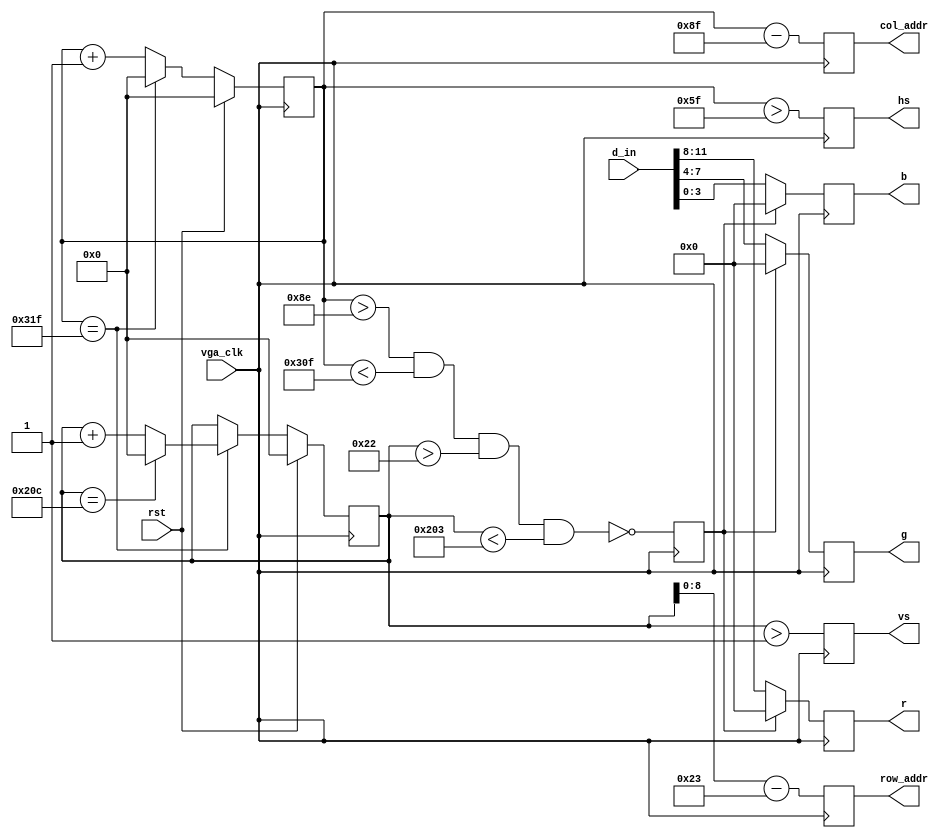
`timescale 1ns / 1ps

module vgac (
    input vga_clk, // 25MHz
	input rst,
    input [11:0] d_in, // rrrr_gggg_bbbb, pixel
    output reg [8:0] row_addr, // pixel ram row address, 480 (512) lines
    output reg [9:0] col_addr, // pixel ram col address, 640 (1024) pixels
    output reg [3:0] r, g, b, // red, green, blue colors, 8-bit for each
    output reg hs, vs // horizontal and vertical synchronization
	);
	reg rdn; // read pixel RAM (active low)

// h_count: vga horizontal counter (0-799 pixels)
    reg [9:0] h_count = 0;
    always @ (posedge vga_clk) begin
        if (rst)
            h_count <= 10'h0;
        else if (h_count == 10'd799)
            h_count <= 10'h0;
        else
            h_count <= h_count + 10'h1;
    end

// v_count: vga vertical counter (0-524 lines)
    reg [9:0] v_count = 0;
    always @ (posedge vga_clk) begin
        if (rst)
            v_count <= 10'h0;
        else if (h_count == 10'd799) begin
            if (v_count == 10'd524)
                v_count <= 10'h0;
            else
                v_count <= v_count + 10'h1;
        end
    end

// signals, will be latched for outputs
    wire [9:0] row = v_count - 10'd35;	// pixel ram row address
    wire [9:0] col = h_count - 10'd143;	// pixel ram col address
    wire h_sync = (h_count > 10'd95);	// 96 -> 799
    wire v_sync = (v_count > 10'd1);	// 2 -> 524
    wire read = (h_count > 10'd142) &&	// 143 -> 782 =
				(h_count < 10'd783) &&	// 640 pixels
				(v_count > 10'd34)  &&	// 35 -> 514 =
				(v_count < 10'd515);	// 480 lines

// vga signals
    always @ (posedge vga_clk) begin
        row_addr <= row[8:0]; // pixel ram row address
        col_addr <= col; // pixel ram col address
        rdn <= ~read; // read pixel (active low)
        hs <= h_sync; // horizontal synch
        vs <= v_sync; // vertical synch
        r <= rdn ? 4'h0 : d_in[11:8]; // 4-bit red
        g <= rdn ? 4'h0 : d_in[7:4]; // 4-bit green
        b <= rdn ? 4'h0 : d_in[3:0]; // 4-bit blue
    end
endmodule